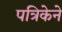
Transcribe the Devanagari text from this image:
पत्रिकेने